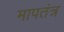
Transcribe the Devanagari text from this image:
मापतंत्र